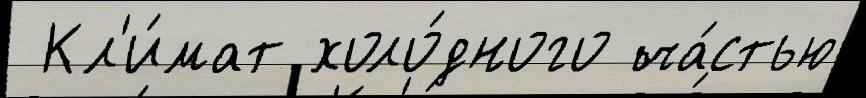
 Кл'и́мат холо́дного ча́стью